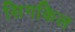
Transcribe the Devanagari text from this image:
सिगकिल